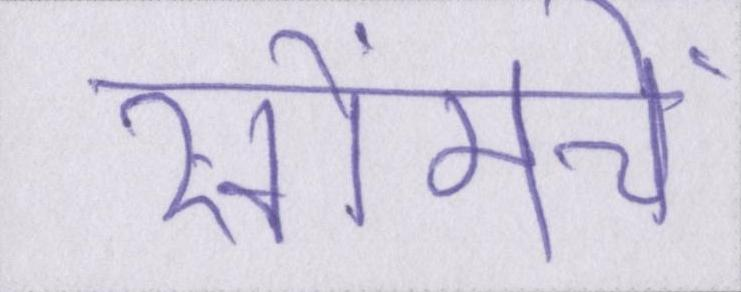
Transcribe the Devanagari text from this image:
खोंमचे